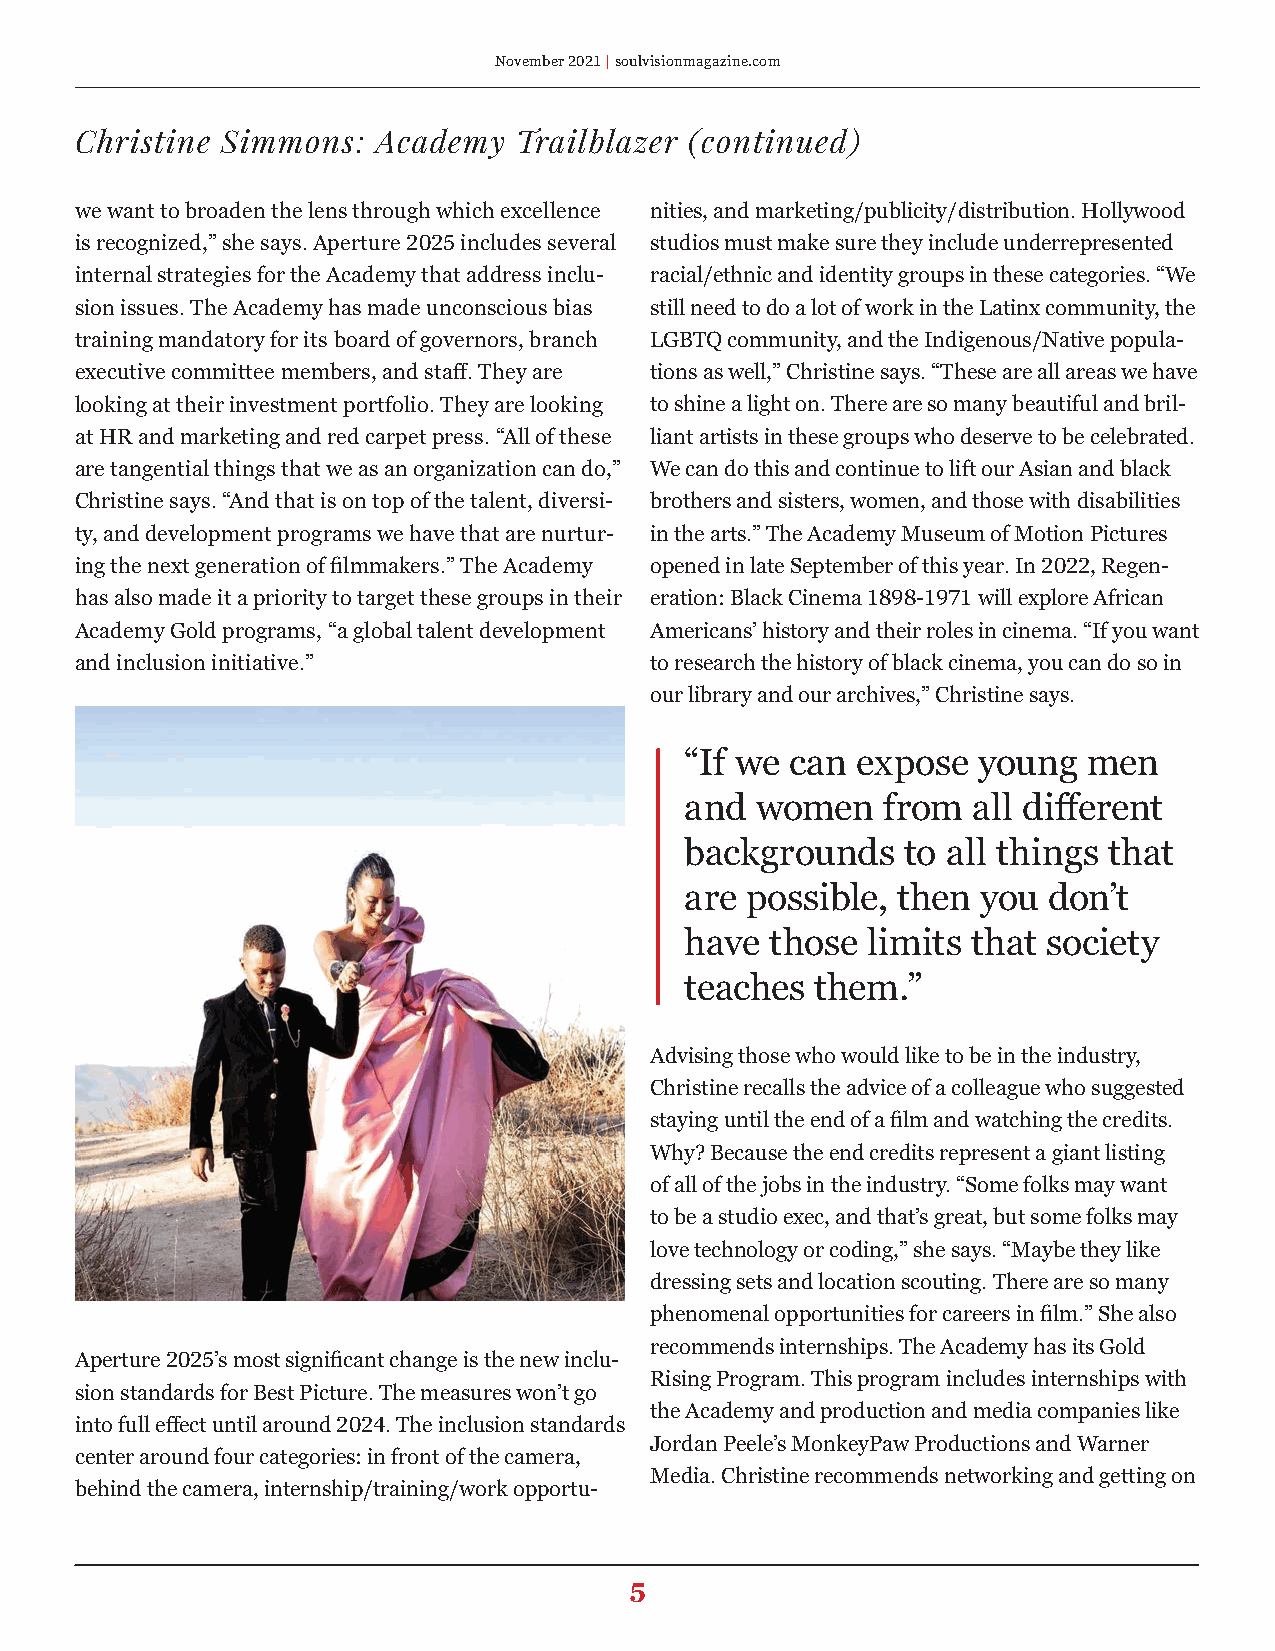
November 2021 | soulvisionmagazine.com
 Christine Simmons:  Academy  Trailblazer (continued)
 we want to broaden the lens through which excellence nities, and marketing/publicity/distribution. Hollywood
 is recognized,” she says. Aperture 2025 includes several studios must make sure they include underrepresented
 internal strategies for the Academy that address inclu- racial/ethnic and identity groups in these categories. “We
 sion issues. The Academy has made unconscious bias still need to do a lot of work in the Latinx community, the
 training mandatory for its board of governors, branch LGBTQ community, and the Indigenous/Native popula-
 executive committee members, and staff. They are tions as well,” Christine says. “These are all areas we have
 looking at their investment portfolio. They are looking to shine a light on. There are so many beautiful and bril-
 at HR and marketing and red carpet press. “All of these liant artists in these groups who deserve to be celebrated.
 are tangential things that we as an organization can do,” We can do this and continue to lift our Asian and black
 Christine says. “And that is on top of the talent, diversi- brothers and sisters, women, and those with disabilities
 ty, and development programs we have that are nurtur- in the arts.” The Academy Museum of Motion Pictures
 ing the next generation of filmmakers.” The Academy opened in late September of this year. In 2022, Regen-
 has also made it a priority to target these groups in their eration: Black Cinema 1898-1971 will explore African
 Academy Gold programs, “a global talent development Americans’ history and their roles in cinema. “If you want
 and inclusion initiative.”            to research the history of black cinema, you can do so in
 our library and our archives,” Christine says.
 “If we can  expose  young  men
 and  women   from  all different
 backgrounds    to all things that
 are possible, then  you don’t
 have  those limits that society
 teaches  them.”
 Advising those who would like to be in the industry,
 Christine recalls the advice of a colleague who suggested
 staying until the end of a film and watching the credits.
 Why? Because the end credits represent a giant listing
 of all of the jobs in the industry. “Some folks may want
 to be a studio exec, and that’s great, but some folks may
 love technology or coding,” she says. “Maybe they like
 dressing sets and location scouting. There are so many
 phenomenal opportunities for careers in film.” She also
 recommends internships. The Academy has its Gold
 Aperture 2025’s most significant change is the new inclu-
 Rising Program. This program includes internships with
 sion standards for Best Picture. The measures won’t go
 the Academy and production and media companies like
 into full effect until around 2024. The inclusion standards
 Jordan Peele’s MonkeyPaw Productions and Warner
 center around four categories: in front of the camera,
 Media. Christine recommends networking and getting on
 behind the camera, internship/training/work opportu-
 5